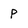
Character: p